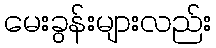
မေးခွန်းများလည်း